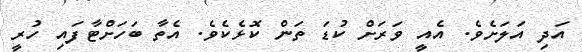
އަދި އަލަށެވެ. އެއީ ވަރަށް ކުޑަ ތަން ކޮޅެކެވެ. އެތާ ބަހަށްޓާފައި ހުރީ